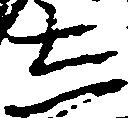
し